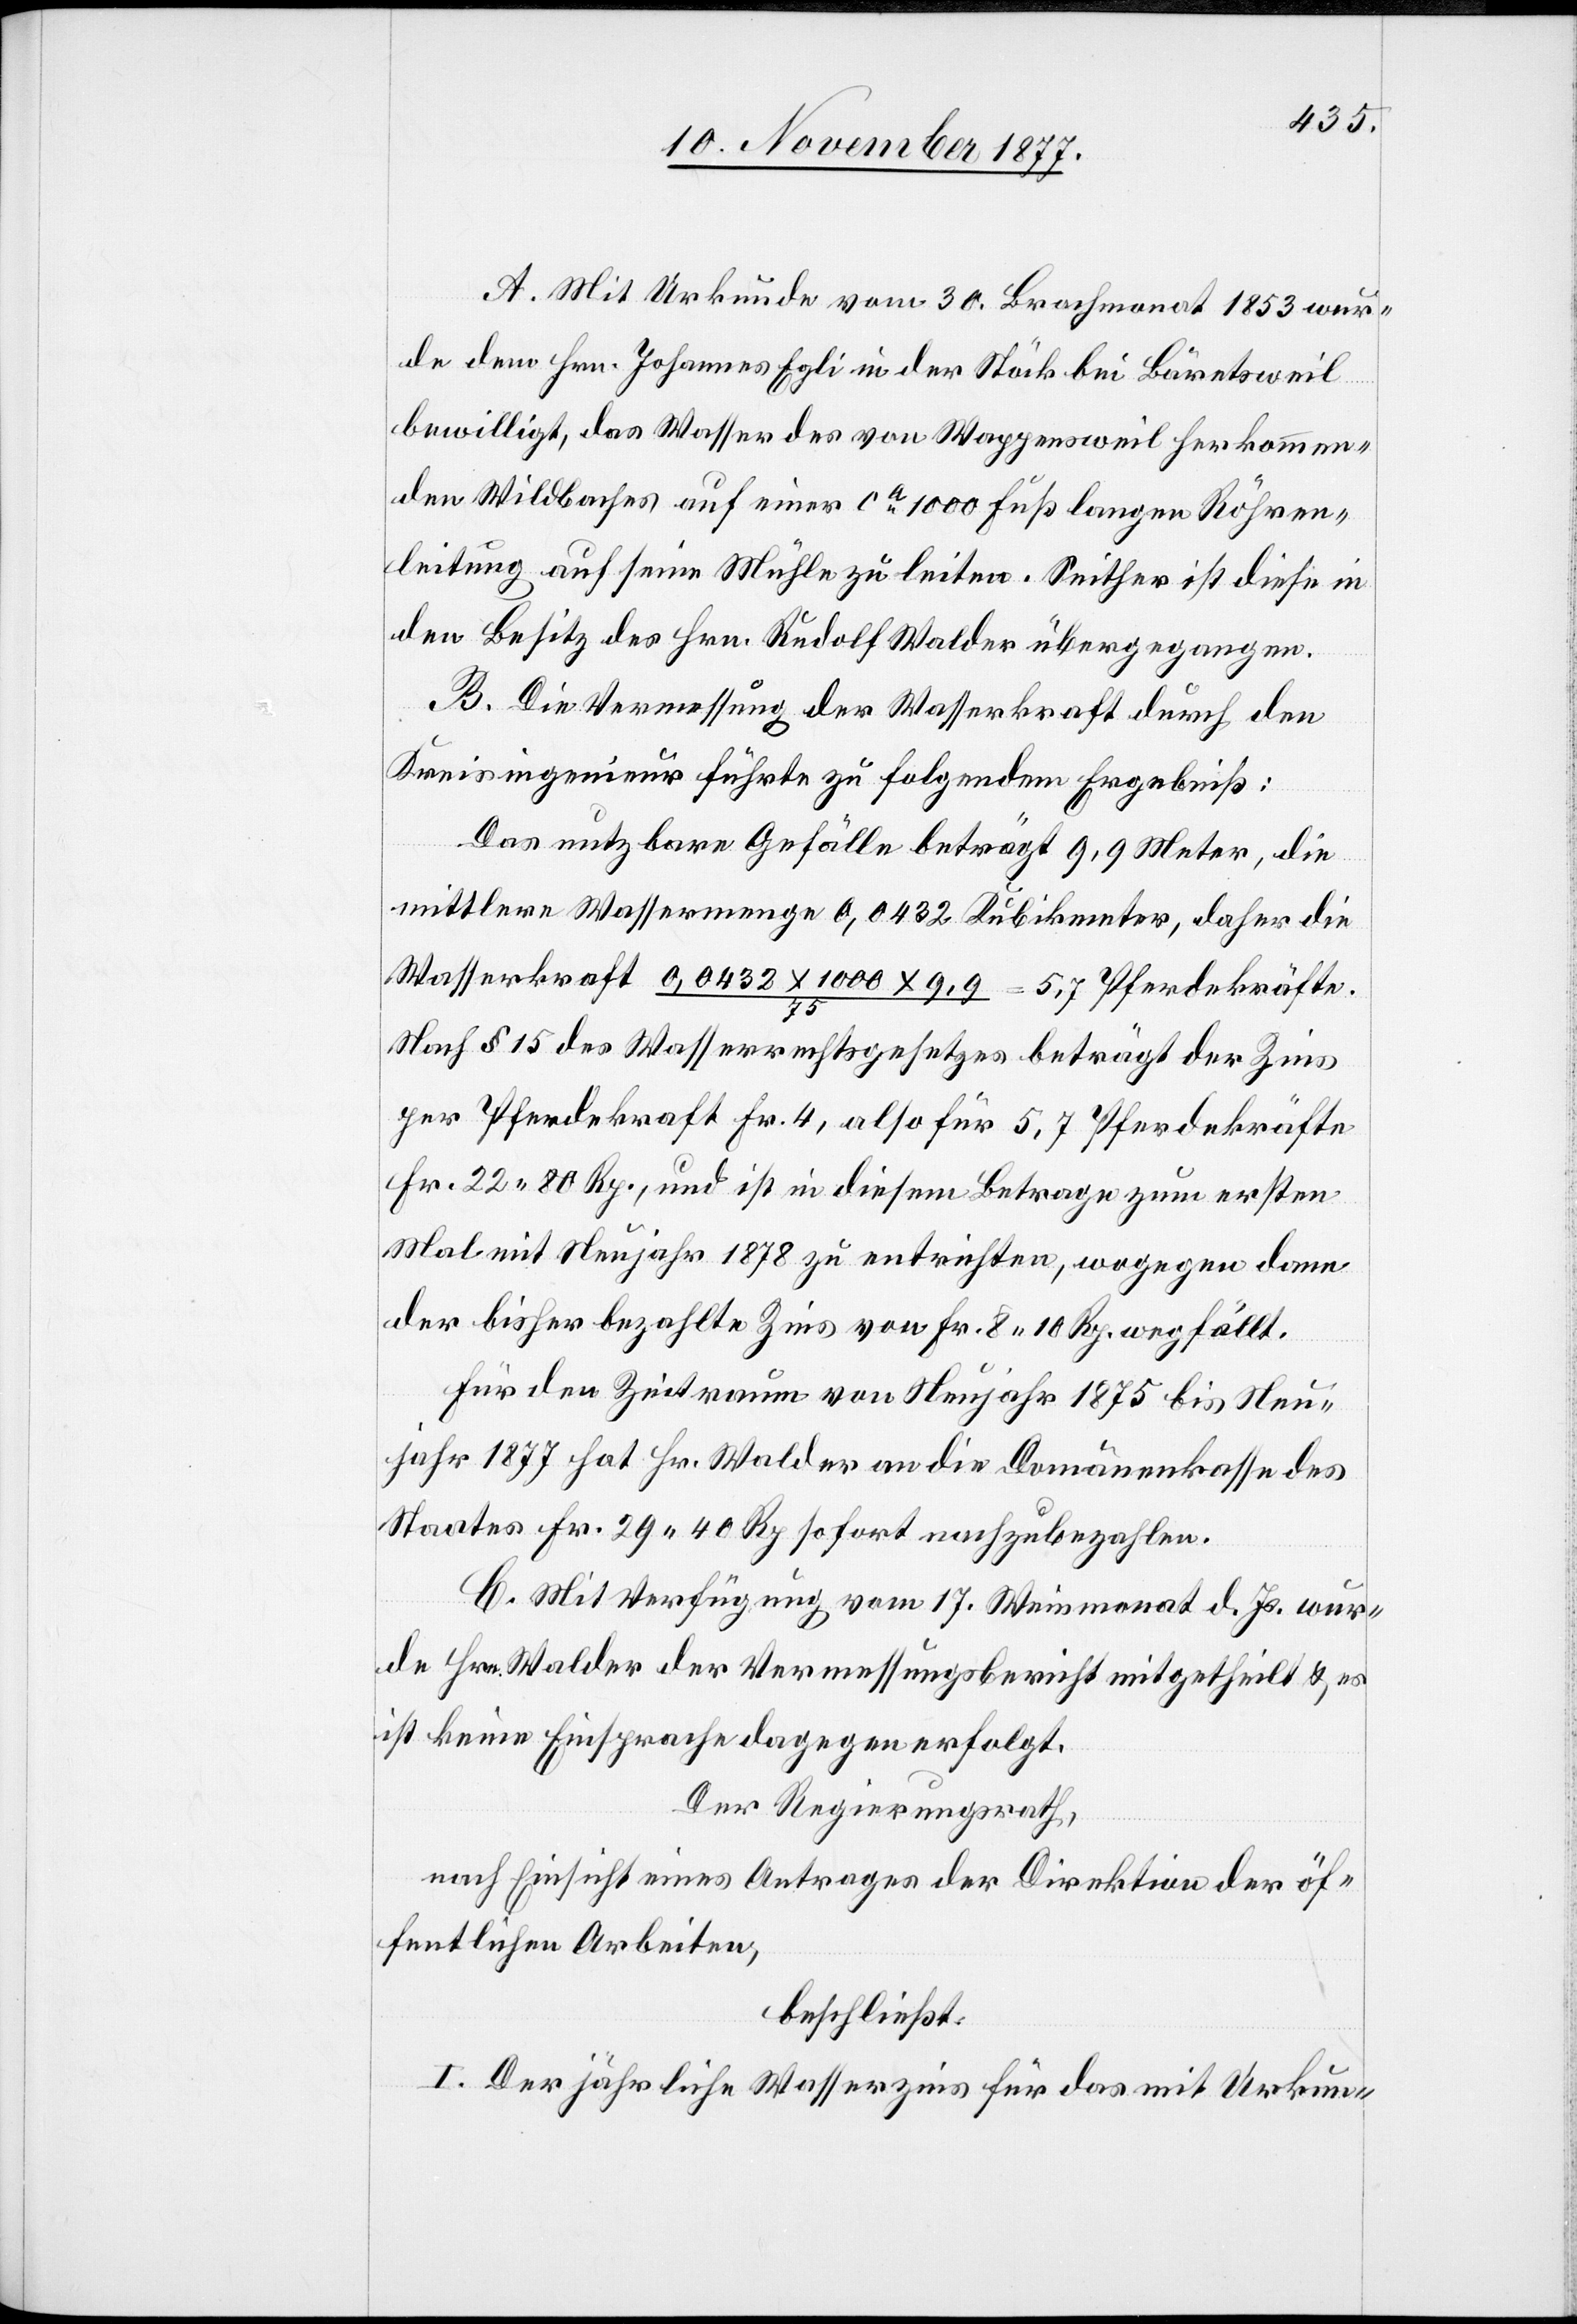
A. Mit Urkunde vom 30. Brachmonat 1853 wur¬
de dem Hrn. Johannes Egli in der Stöck bei Bäretsweil
bewilligt, das Wasser des von Wappensweil herkommen¬
den Wildbaches auf einer ca 1000 Fuß langen Röhren¬
leitung auf seine Mühle zu leiten. seither ist diese in
den Besitz des Hrn. Rudolf Walder übergegangen.
B. Die Vermessung der Wasserkraft durch den
Kreisingenieur führte zu folgendem Ergebniß:
Das nutzbare Gefälle beträgt 9,9 Meter, die
mittlere Wassermenge 0,0432 Kubikmeter, daher die
Wasserkraft 0,0432 x 1000 x 9,9 / 75 = 5,7 Pferdekräfte.
Nach § 15 des Wasserrechtsgesetzes beträgt der Zins
per Pferdekraft Fr. 4, also für 5,7 Pferdekräfte
Fr. 22 80 Rp., und ist in diesem Betrage zum ersten
Mal mit Neujahr 1878 zu entrichten, wogegen dann
der bisher bezahlte Zins von Fr. 8 10 Rp. wegfällt.
Für den Zeitraum von Neujahr 1875 bis Neu¬
jahr 1877 hat Hr. Walder an die Domänenkasse des
Staates Fr. 29 40 Rp. sofort nachzubezahlen.
C. Mit Verfügung vom 17. Weinmonat d. Js. wur¬
de Hrn. Walder der Vermessungsbericht mitgetheilt & es
ist keine Einsprache dagegen erfolgt.
Der Regierungsrath,
nach Einsicht eines Antrages der Direktion der öf¬
fentlichen Arbeiten,
beschließt:
I. Der jährliche Wasserzins für das mit Urkun-